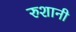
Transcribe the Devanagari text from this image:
रुशानी